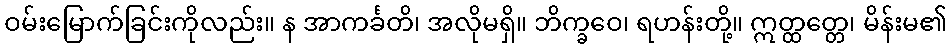
ဝမ်းမြောက်ခြင်းကိုလည်း။ န အာကင်္ခတိ၊ အလိုမရှိ။ ဘိက္ခဝေ၊ ရဟန်းတို့။ ဣတ္ထတ္တေ၊ မိန်းမ၏